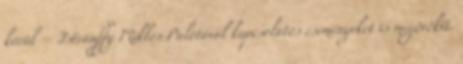
körül – Istvánffy Miklós Palotával kapcsolatos eseményeket is megörökít.